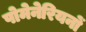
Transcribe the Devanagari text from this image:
पोमेनेरियनों